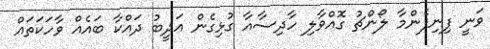
ވަނީ ފިނިފެންމާ ލޯންޗު ގޮއްވާލި ހާދިސާއާ ގުޅިގެން އަދީބު ދައްކާ ބައެއް ވާހަކަތައް